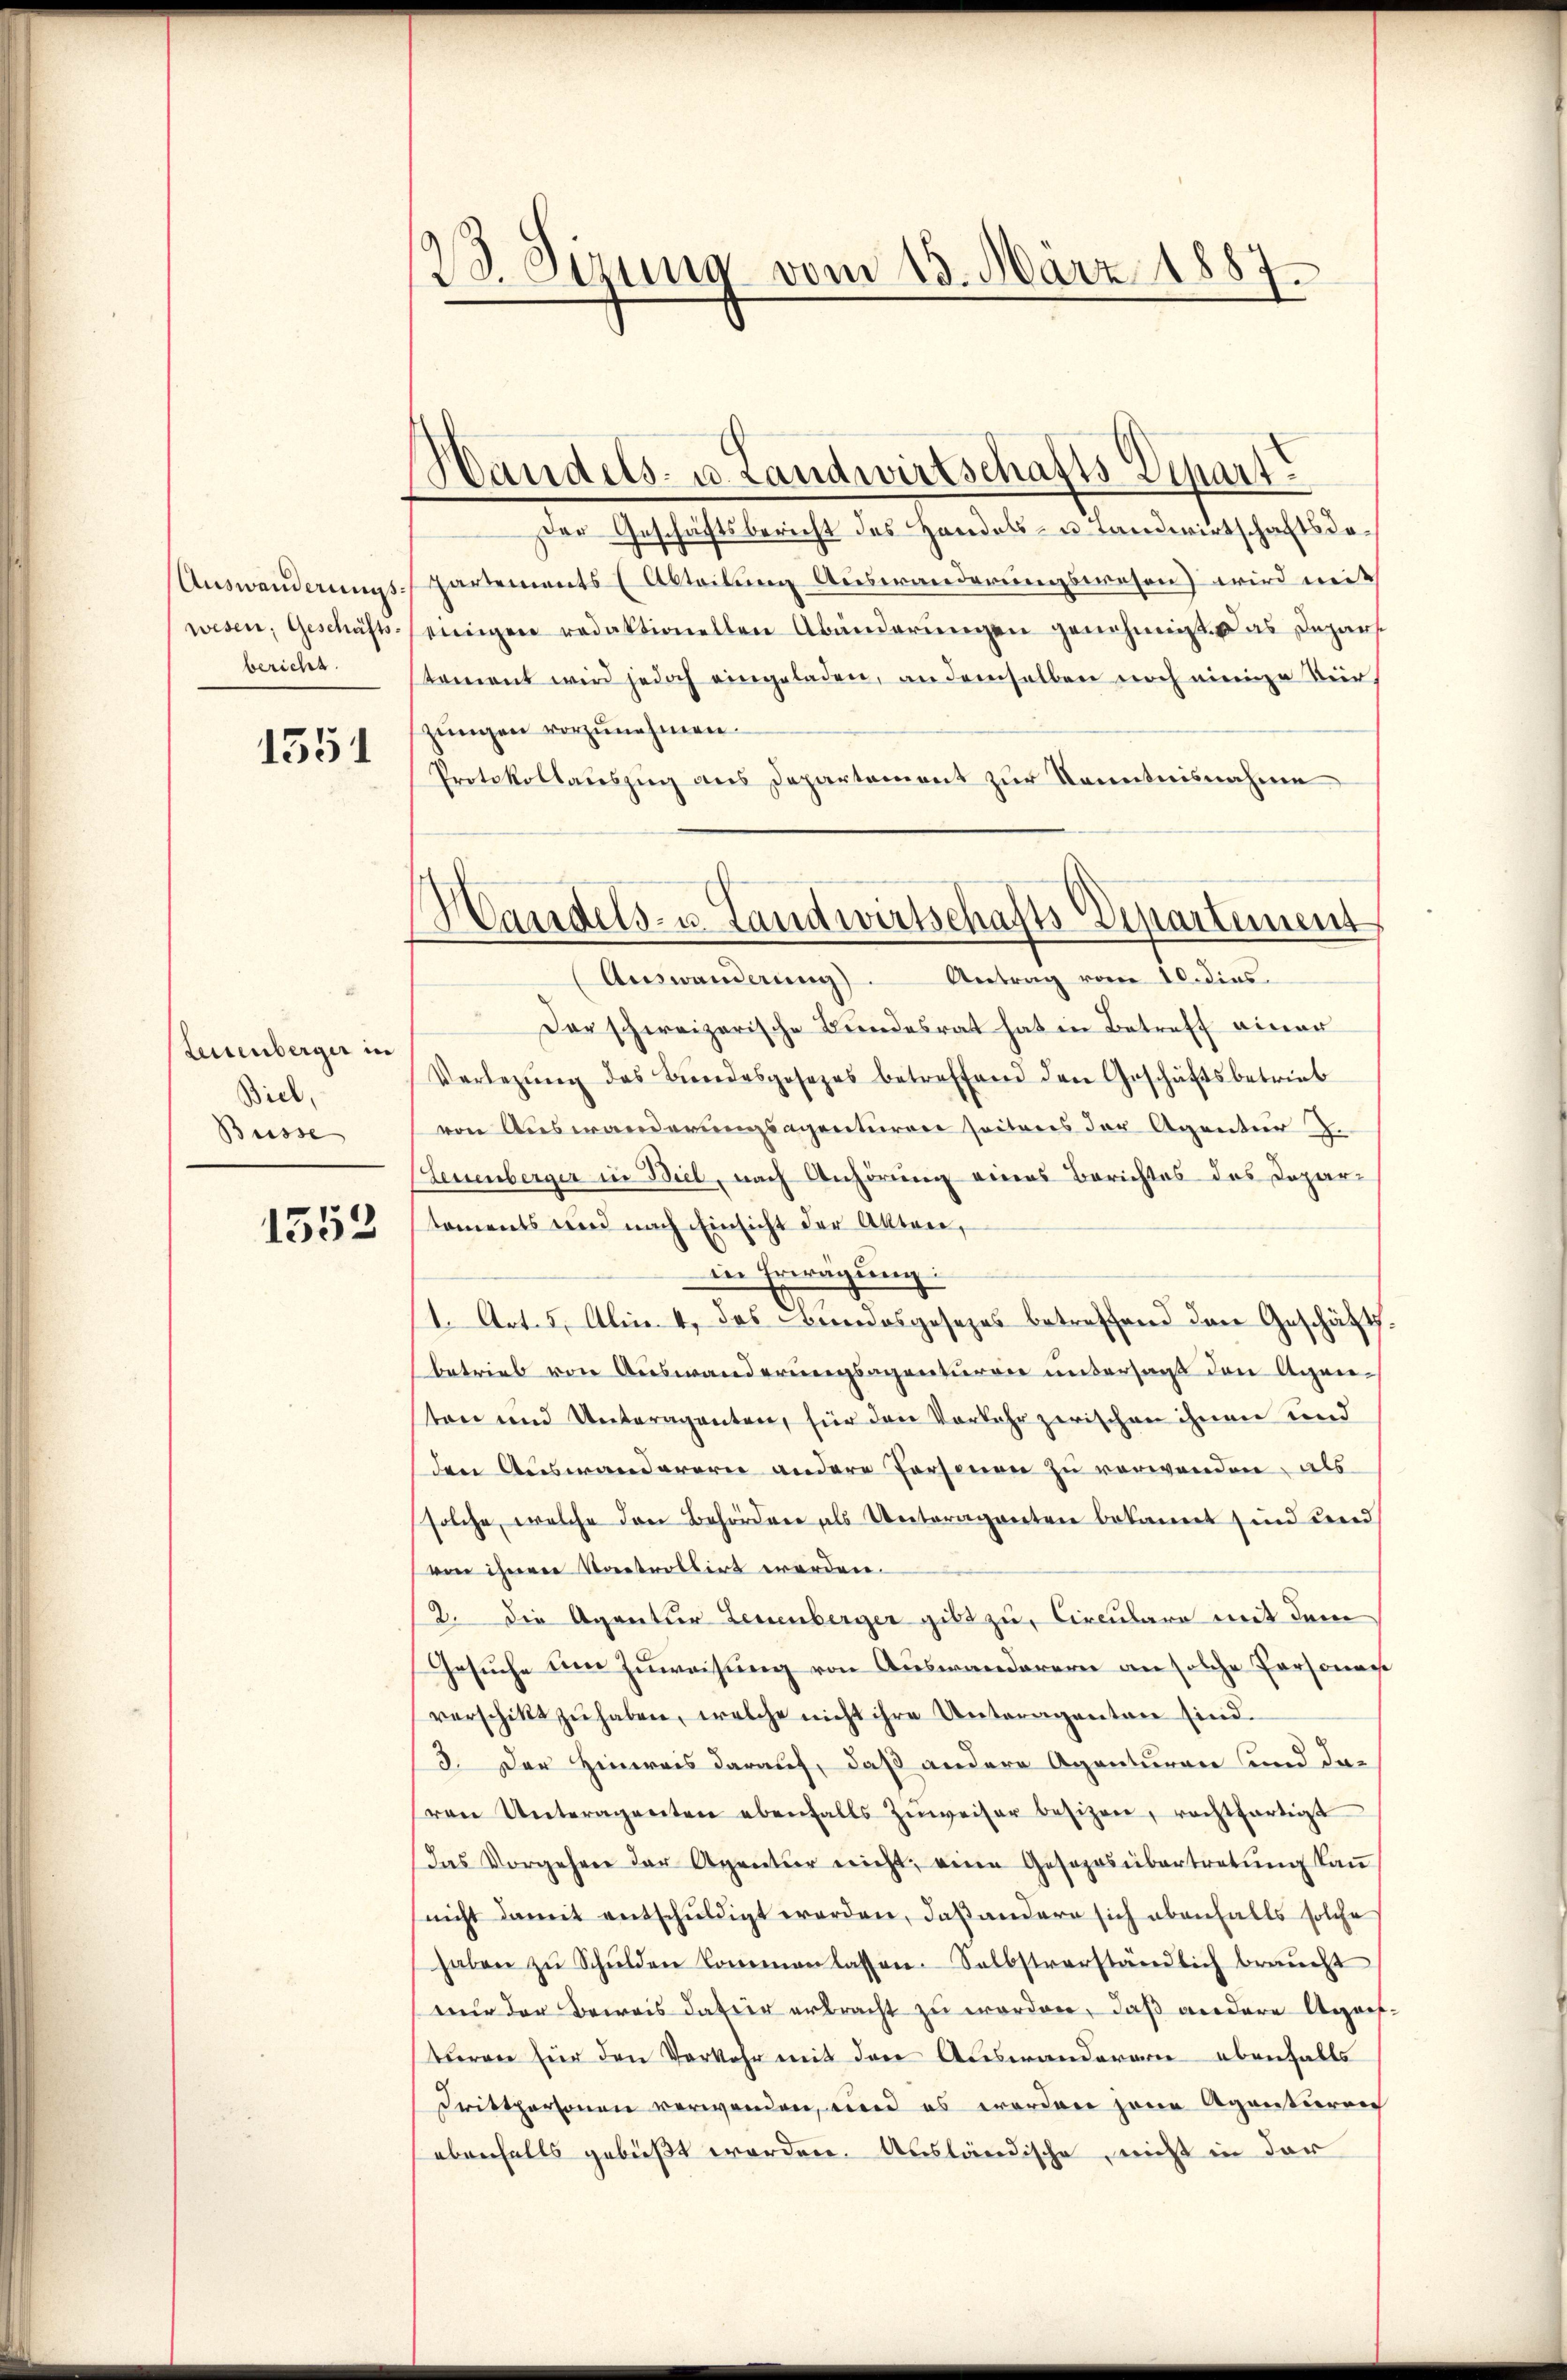
wesen, Geschäftsbericht.

1551

Leuenberger in
Biel,
Büsse

1552

1
To. Sitzung vom 13. März 1887.

Handels- u. Landwirtschafts Depart
Der Geschäftsbericht des Handels- u. Landwirtschaftsdo¬
Auswanderungs-partements (Abteilung Auswanderungswesen) wird weit
einigen redaktionellen Abänderungen genehmigt. Das Depars
stament wird jedoch eingeladen, an demselben noch einige Tier,
zungen vorzunehmen.
Protokollauszug aus Departement zur Kenntnisnahme
Auswanderung). Antrag vom 10. dies.
Der schweizerische Bŭndesrat hat in Betreff einer
Verlegŭng des Bŭndesgesezes betreffend den Geschäftsbetrieb
von Auswanderungsagenturen seitens der Agentur 2.
(Leuenberger in Biel, nach Anhörung eines Berichtes des Departoments und nach Einsicht der Akten,
in Erwägung:
1. Art. 5, Al. 4, das Bundesgesezes betreffend den Geschäftsbetrieb von Auswanderungsagenturie untersagt den Agenten und Unteragenten, für den Vorkehr zerischen ihnen und
den Auswanderern andere Personen zu verwenden, als
solche, welche den Behördere als Unteraganten bekannt sind und
von ihrerer Voretrollirt worden.
2. Die Agentier Leuenberger gibt zu, Circulare mit dem
Gesuche um Zuweisung von Auswanderern an solche Persona
verschikt zŭ haben, welche nicht ihre Unteragenten sind.
3. Der Hinweis darauf, daß andere Agenturen und da-
von Unteragenten ebenfalls zŭweiser besizen, rechtfertigt
das Vorgehen der Agratur nicht eine Gesoposübertretŭng kaŭ
(nicht damit entschuldigt worden, daß andere sich ebenfalls solche
haben zŭ Schŭlden kommen lassen-Selbstverständlich braucht
nur der Beweis datur erbracht zu worden, daß andere Aposturen für den Vorkehr mit den Auswanderarie ebenfalls
Drittpersonen verwenden, und es worden jene Agentureich
ebenfalls gebüßt worden. Ausländische, nicht in der

s
Handels- u. Landwirtschafts-Departement,